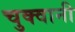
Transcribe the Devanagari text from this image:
चुक्वानी